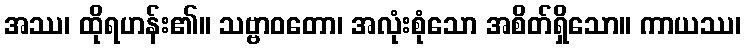
အဿ၊ ထိုရဟန်း၏။ သဗ္ဗာဝတော၊ အလုံးစုံသော အစိတ်ရှိသော။ ကာယဿ၊